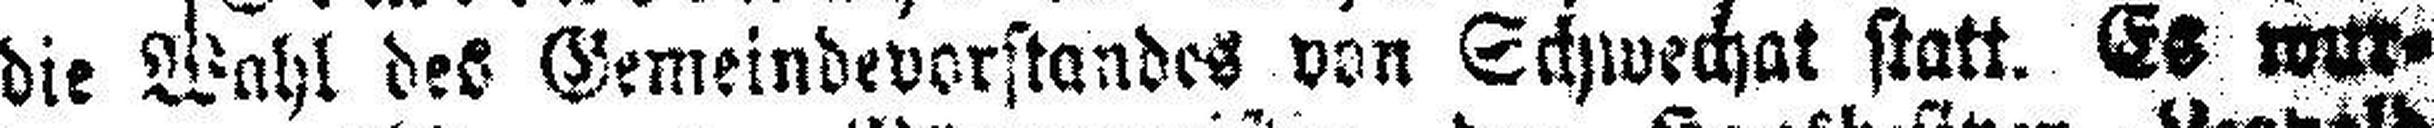
die Wahl des Gemeindevorstandes von Schwechat statt. Es wur¬